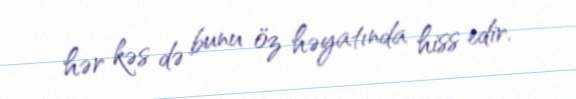
hər kəs də bunu öz həyatında hiss edir.